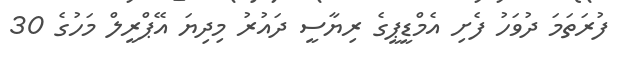
ފުރަތަމަ ދުވަހު ފެށި އެމްޑީޕީގެ ރިޔާސީ ދައުރު މިދިޔަ އޭޕްރީލް މަހުގެ 30